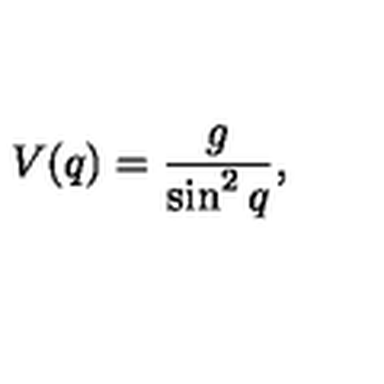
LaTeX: V ( q ) = \frac { g } { \sin ^ { 2 } q } ,